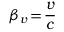
\beta _ { v } \! = \! \frac { v } { c }